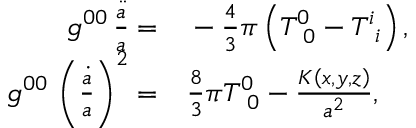
\begin{array} { r l } { g ^ { 0 0 } \, \frac { \ddot { a } } { a } = } & { { } - \frac { 4 } { 3 } \pi \left( T _ { \, \, \, 0 } ^ { 0 } - T _ { \, \, \, i } ^ { i } \right) , } \\ { g ^ { 0 0 } \, \left( \frac { \dot { a } } { a } \right) ^ { 2 } = } & { { } \frac { 8 } { 3 } \pi T _ { \, \, \, 0 } ^ { 0 } - \frac { K \left( x , y , z \right) } { a ^ { 2 } } , } \end{array}